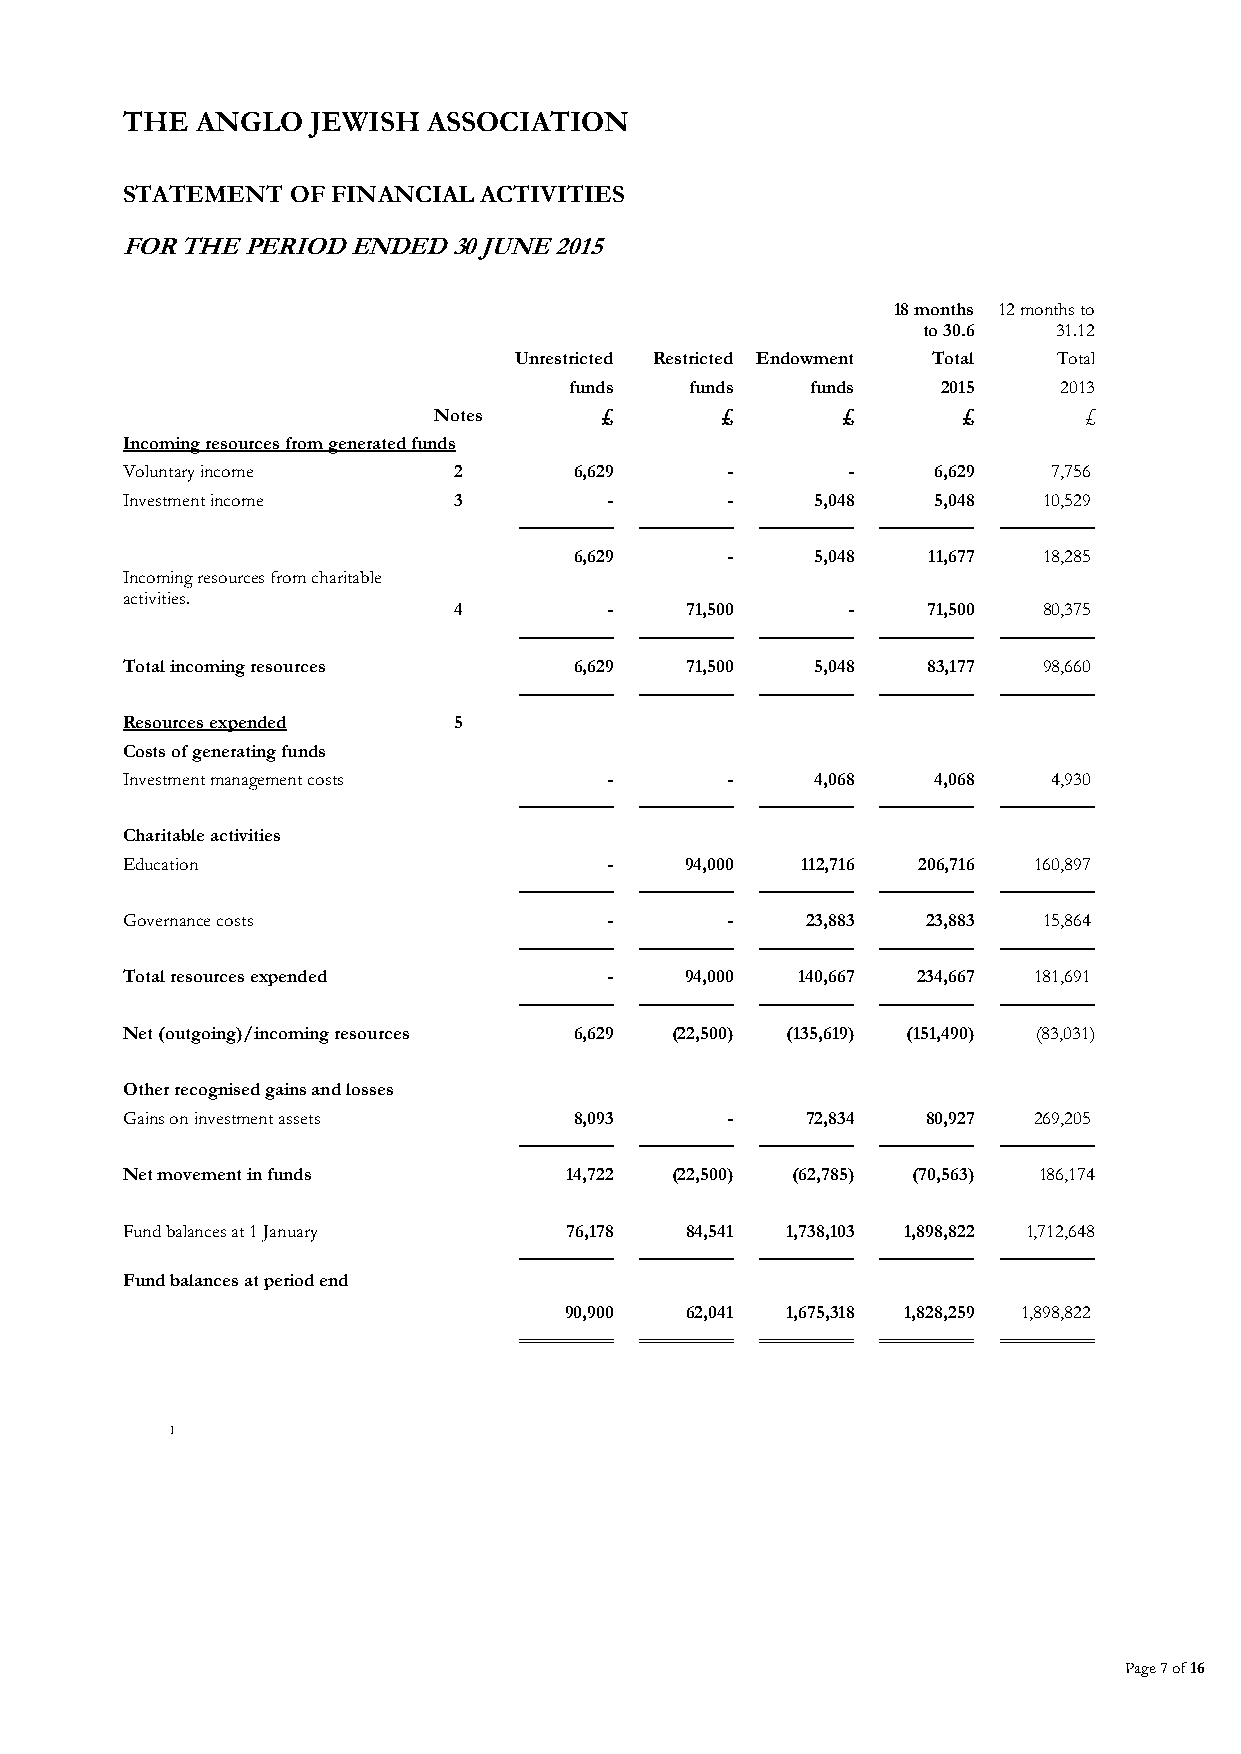
THE  ANGLO   JEWISH ASSOCIATION
 STATEMENT  OF FINANCIAL ACTIVITIES
 FOR THE PERIOD ENDED  30 JUNE 2015
 18 months 12 months to
 to 30.6  31.12
 Unrestricted Restricted Endowment Total Total
 funds   funds   funds   2015    2013
 Notes      £       £       £       £       £
 Incoming resources from generated funds
 Voluntary income      2       6,629     -       -     6,629   7,756
 Investment income     3         -       -     5,048   5,048  10,529
 ──────── ──────── ──────── ──────── ────────
 6,629     -     5,048  11,677  18,285
 Incoming resources from charitable
 activities.
 4         -    71,500     -    71,500  80,375
 ──────── ──────── ──────── ──────── ────────
 Total incoming resources      6,629  71,500   5,048  83,177  98,660
 ──────── ──────── ──────── ──────── ────────
 Resources expended    5
 Costs of generating funds
 Investment management costs     -       -     4,068   4,068   4,930
 ──────── ──────── ──────── ──────── ────────
 Charitable activities
 Education                       -    94,000  112,716 206,716 160,897
 ──────── ──────── ──────── ──────── ────────
 Governance costs                -       -    23,883  23,883  15,864
 ──────── ──────── ──────── ──────── ────────
 Total resources expended        -    94,000  140,667 234,667 181,691
 ──────── ──────── ──────── ──────── ────────
 Net (outgoing)/incoming resources 6,629 (22,500) (135,619) (151,490) (83,031)
 Other recognised gains and losses
 Gains on investment assets    8,093     -    72,834  80,927 269,205
 ──────── ──────── ──────── ──────── ────────
 Net movement in funds        14,722 (22,500) (62,785) (70,563) 186,174
 Fund balances at 1 January   76,178  84,541 1,738,103 1,898,822 1,712,648
 ──────── ──────── ──────── ──────── ────────
 Fund balances at period end
 90,900  62,041 1,675,318 1,828,259 1,898,822
 ════════ ════════ ════════ ════════ ════════
 1
 Page 7 of 16